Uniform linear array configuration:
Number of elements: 64
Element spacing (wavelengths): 0.5
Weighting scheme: hann
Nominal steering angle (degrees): -60
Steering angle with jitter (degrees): -59.473
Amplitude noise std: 0.05
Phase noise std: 0.05

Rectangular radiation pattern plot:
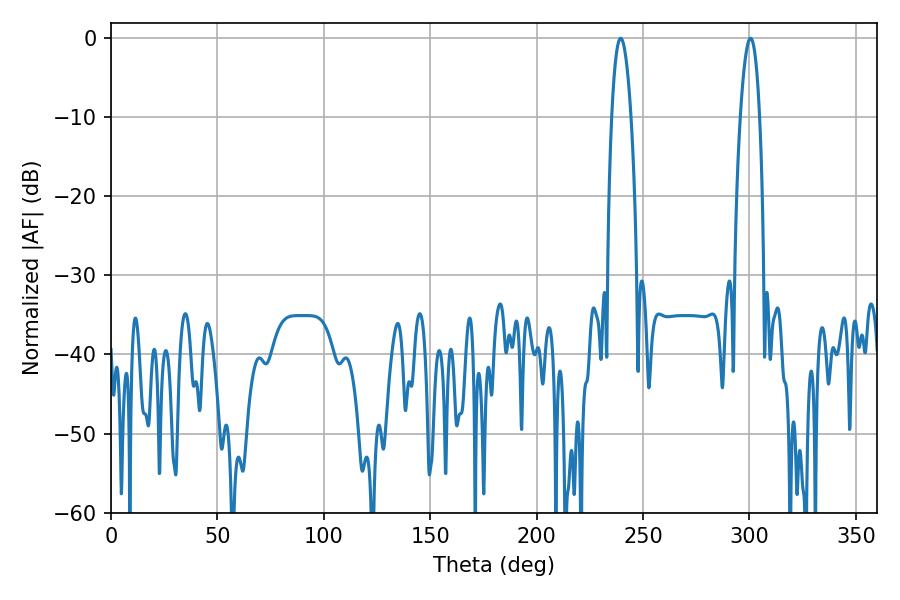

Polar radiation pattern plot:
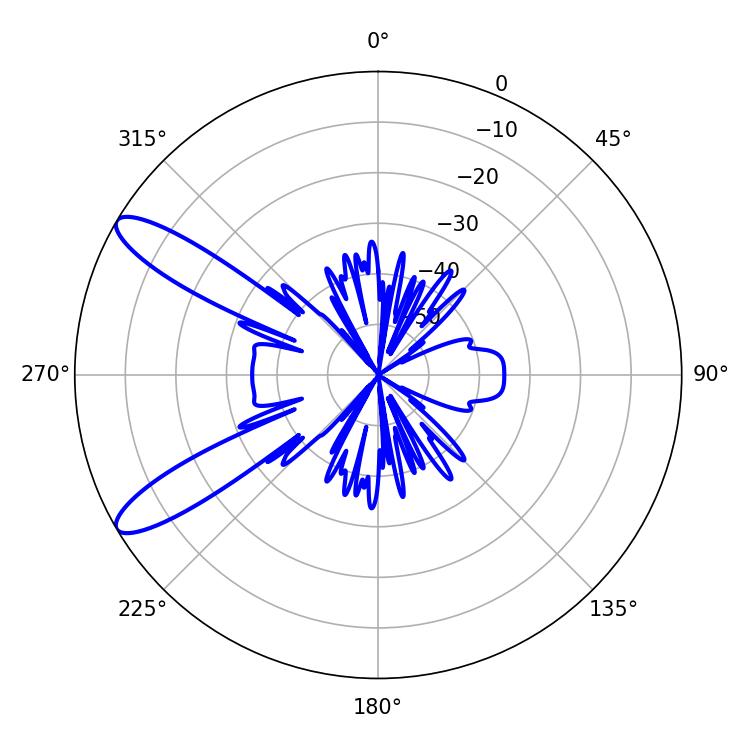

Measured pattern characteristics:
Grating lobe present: FALSE
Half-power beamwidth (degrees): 5.04
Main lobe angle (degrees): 239.4